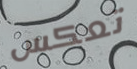
تعكس